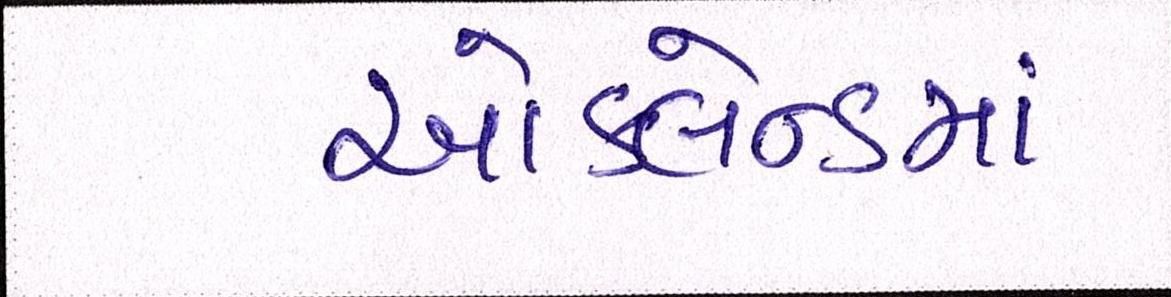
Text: ઑકલેન્ડમાં